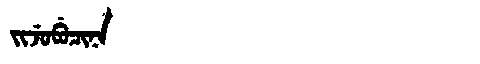
Manchu: ᠵᡳᠵᡠᠪᡠᠴᡳᠨᠠ
Romanization: JIJUBUCINA